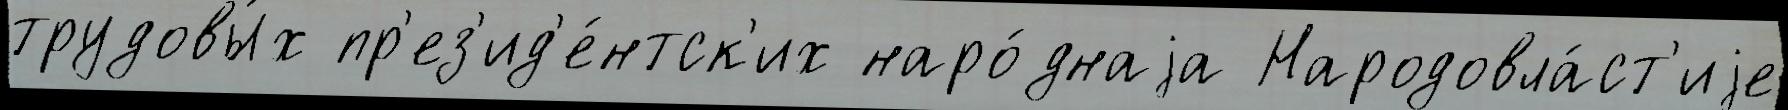
трудовы́х пр'ез'ид'е́нтск'их наро́днаjа Народовла́ст'иjе